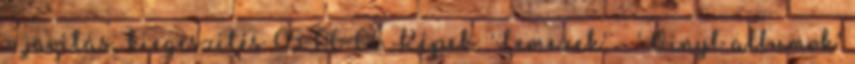
» javítás, kiegészítés 05-06-06 Képek: 'Lemezek' - 'Vinyl albumok'